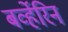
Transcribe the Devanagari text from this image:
बर्व्हेरिन